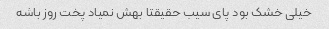
خیلی خشک بود پای سیب حقیقتا بهش نمیاد پخت روز باشه